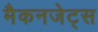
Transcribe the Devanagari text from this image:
मैकनजेट्स